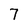
Character: 7